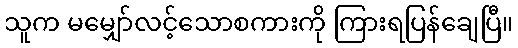
သူက မမျှော်လင့်သောစကားကို ကြားရပြန်ချေပြီ။